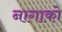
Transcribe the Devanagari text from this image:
नागाको